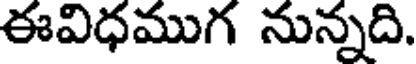
ఈవిధముగ నున్నది.